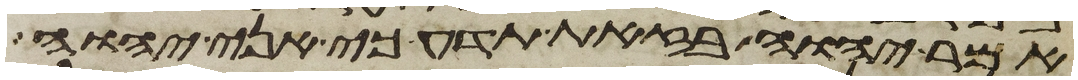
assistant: אמר יהוה בזאת תדע כי אני יהוה